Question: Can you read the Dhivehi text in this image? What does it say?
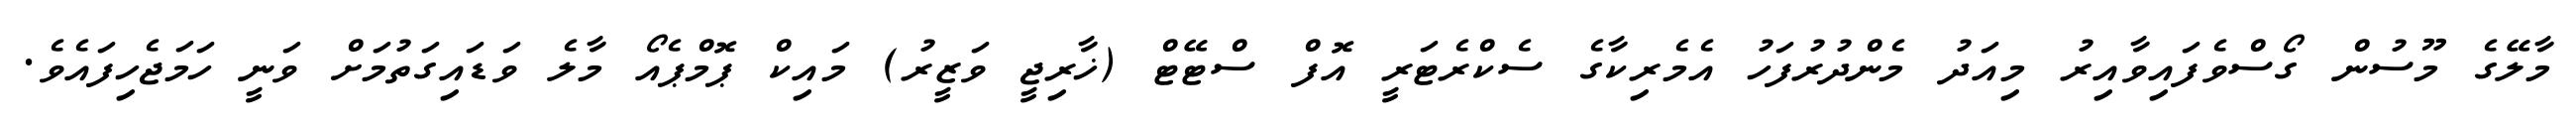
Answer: މާލޭގެ މޫސުން ގޯސްވެފައިވާއިރު މިއަދު މެންދުރުފަހު އެމެރިކާގެ ސެކްރެޓަރީ އޮފް ސްޓޭޓް (ޚާރިޖީ ވަޒީރު) މައިކް ޕޮމްޕެއޯ މާލެ ވަޑައިގަތުމަށް ވަނީ ހަމަޖެހިފައެވެ.